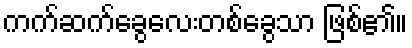
ကက်ဆက်ခွေလေးတစ်ခွေသာ ဖြစ်၏။